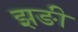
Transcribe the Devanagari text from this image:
झङी